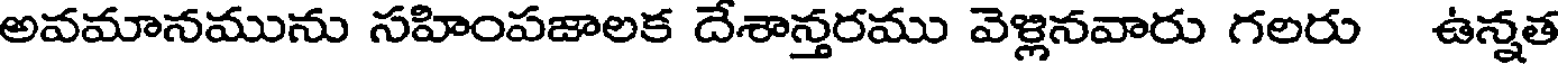
అవమానమును సహింపజాలక దేశాన్తరము వెళ్లినవారు గలరు ఉన్నత